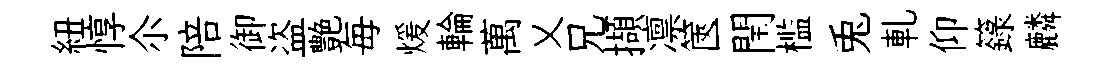
紐惇尒陪御盗艶毎煖輪萬乂兄擷凛篋閏槛兎軋仰籙麟